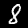
Digit: 8